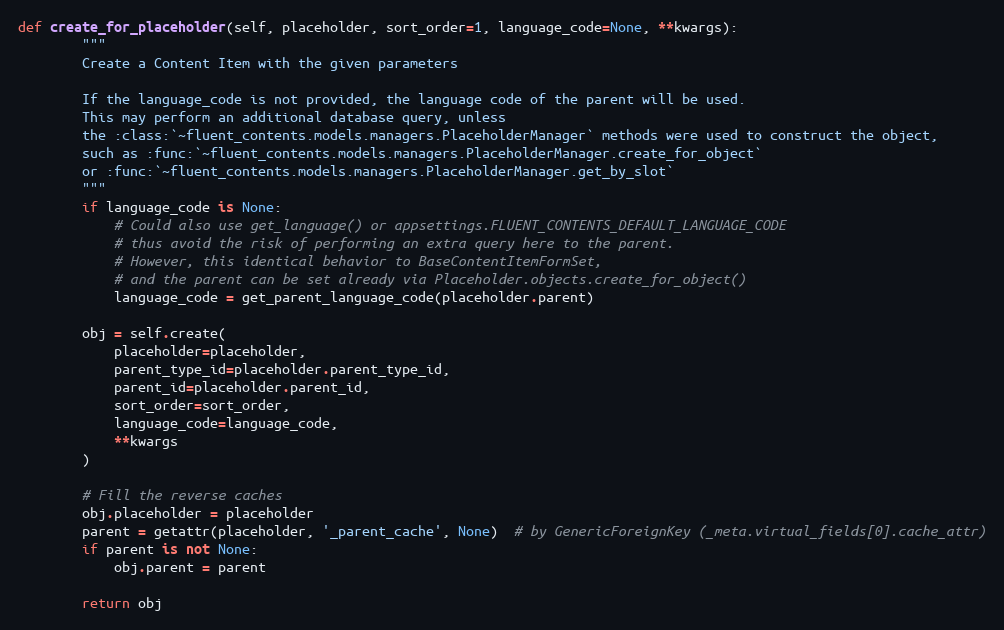
Language: Python
def create_for_placeholder(self, placeholder, sort_order=1, language_code=None, **kwargs):
        """
        Create a Content Item with the given parameters

        If the language_code is not provided, the language code of the parent will be used.
        This may perform an additional database query, unless
        the :class:`~fluent_contents.models.managers.PlaceholderManager` methods were used to construct the object,
        such as :func:`~fluent_contents.models.managers.PlaceholderManager.create_for_object`
        or :func:`~fluent_contents.models.managers.PlaceholderManager.get_by_slot`
        """
        if language_code is None:
            # Could also use get_language() or appsettings.FLUENT_CONTENTS_DEFAULT_LANGUAGE_CODE
            # thus avoid the risk of performing an extra query here to the parent.
            # However, this identical behavior to BaseContentItemFormSet,
            # and the parent can be set already via Placeholder.objects.create_for_object()
            language_code = get_parent_language_code(placeholder.parent)

        obj = self.create(
            placeholder=placeholder,
            parent_type_id=placeholder.parent_type_id,
            parent_id=placeholder.parent_id,
            sort_order=sort_order,
            language_code=language_code,
            **kwargs
        )

        # Fill the reverse caches
        obj.placeholder = placeholder
        parent = getattr(placeholder, '_parent_cache', None)  # by GenericForeignKey (_meta.virtual_fields[0].cache_attr)
        if parent is not None:
            obj.parent = parent

        return obj